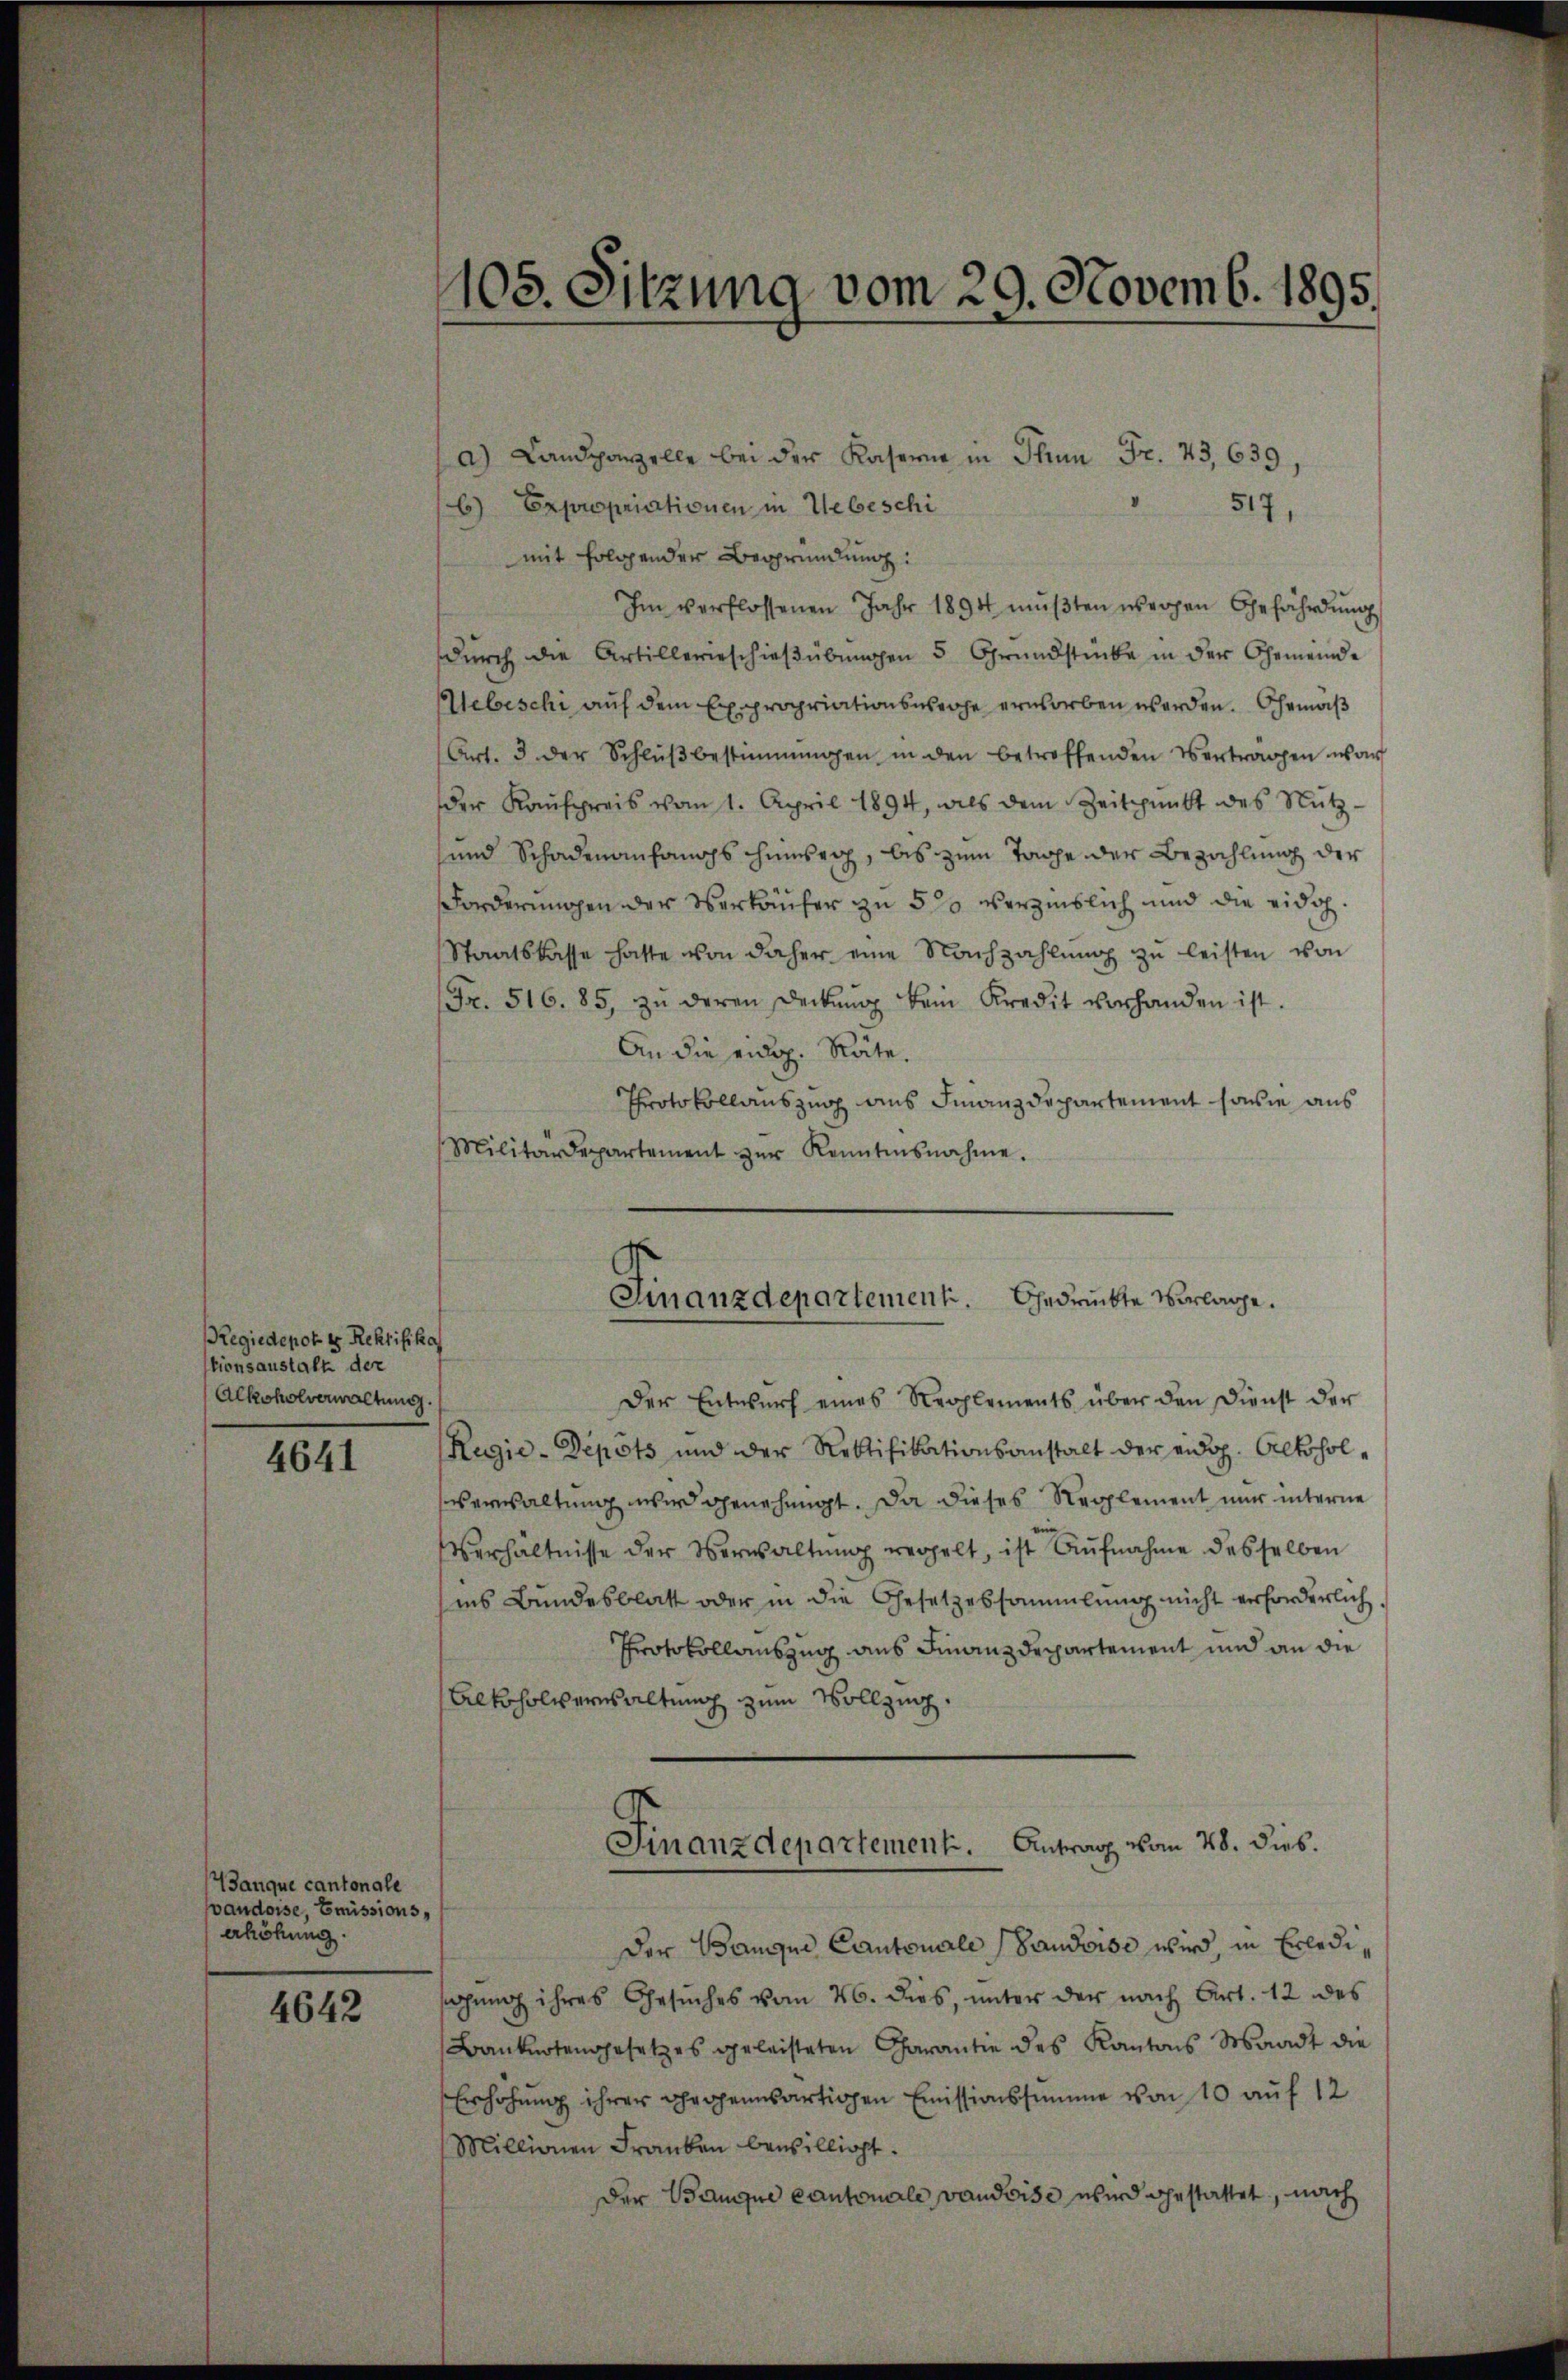
Regiedepot er Rektifika
tionsanstalt der
Alkoholverwaltung.

4641

Janque cantonale
vaudoise, Emissions,
erhöhung.

4642

a) Landparzelle bei der Kasern in Thun Fr. 43, 639,
6) Expropriationen in Uebeschi
517,
mit folgender Begründung:
Im verflossenen Jahr 1894 müβten weigen Gefährdung
durch die Artillererschießübungen 5 Grundstücke in der Gemeinde
Webeschi auf dem Expropriationsweise erworben werden. Ehemaß
(Art. 3 der Schlŭβ bestimmungen in den betroffenden Vertragen war
der Kaŭfpreis vom 1. April 1894, als dem Zeitpunkt des Nutz-
und Schadenanfangs hinsich, bis zum Tache der Bezahlung der
Forderungen der Verkäufer zu 5 % verzinslich und die eidg.
Staatskasse hatte von daher eine Nachzahlung zu leisten von
Fr. 516. 85, zŭ deren Deckung kein Kredit vorhanden ist.
An die eidg. Räte.
Protokollauszug aus Finanzdepartement sowie aus
Militärdepartement zŭr Kenntnisnahme.
Der Entwurf eines Reglements über den Dienst der
Regie-Depots und der Rektifikationsanstalt der eidg. Altohol¬
Verwaltung wird genehmigt. Da dieses Reglement nur interne
Verhältnisse der Verwaltŭng vergelt, ist Aŭfnahme desselben
ins Bundesblatt oder in die Gesetzessammlung nicht erforderlich,
Protokollauszug aus Finanzdepartement und an die
Alkoholversaltung zum Vollzing.
Finanzdepartement. Antrag vom 28. dies.
Der Banque Cantonale (Saudoise wird, in Erledisagung ihres Gesuches vom 26. dies, unter der nach Art. 12 des
Banknotengesetzes geleisteten Charantie des Kantons Waadt die
Erhöhung ihrer gegenwärtigen Emissionssumme von 10 auf 12
Millionen Franken bewilligt.
Der Baugue Cantonale vaudoise wird gestattet, nach

105. Sitzung vom 29. Novemb. 1895.

Finanzdepartement. Gedrückte Verlange.